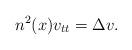
LaTeX: \begin{align*}n^{2}(x)v_{tt}=\Delta v. \end{align*}